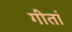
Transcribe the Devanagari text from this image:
गीतां